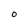
Character: O